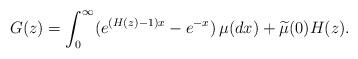
LaTeX: \begin{align*} G(z) = \int_0^\infty (e^{(H(z)-1)x}-e^{-x})\,\mu(dx) + \widetilde\mu(0) H(z).\end{align*}